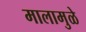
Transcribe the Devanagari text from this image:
मालामुळे